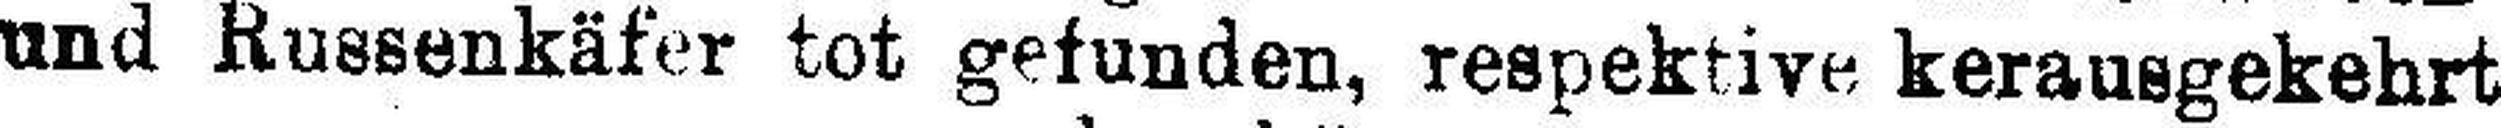
und Russenkäfer tot gefunden, respektive kerausgekehrt